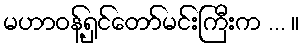
မဟာဝန့်ရှင်တော်မင်းကြီးက ... ။